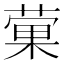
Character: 𫉂